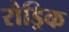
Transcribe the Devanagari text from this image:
रौड्रिक